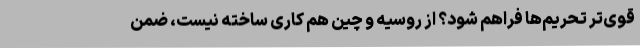
قوی‌تر تحریم‌ها فراهم شود؟ از روسیه و چین هم کاری ساخته نیست، ضمن